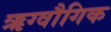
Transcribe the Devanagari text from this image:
ऋग्वौगिक